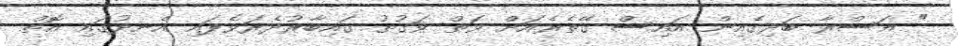
" އަސްރާ ބަދިގެއިން އައިސް ގޭތެރެއަށް ވަތް ވަގުތު ގައިބާރުދެރަވެފައި އެނދުގައި އޮތް